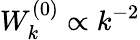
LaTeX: W_{k}^{(0)}\propto k^{-2}